Report of the Imperial Institute of Veterinary Research, Muktesar
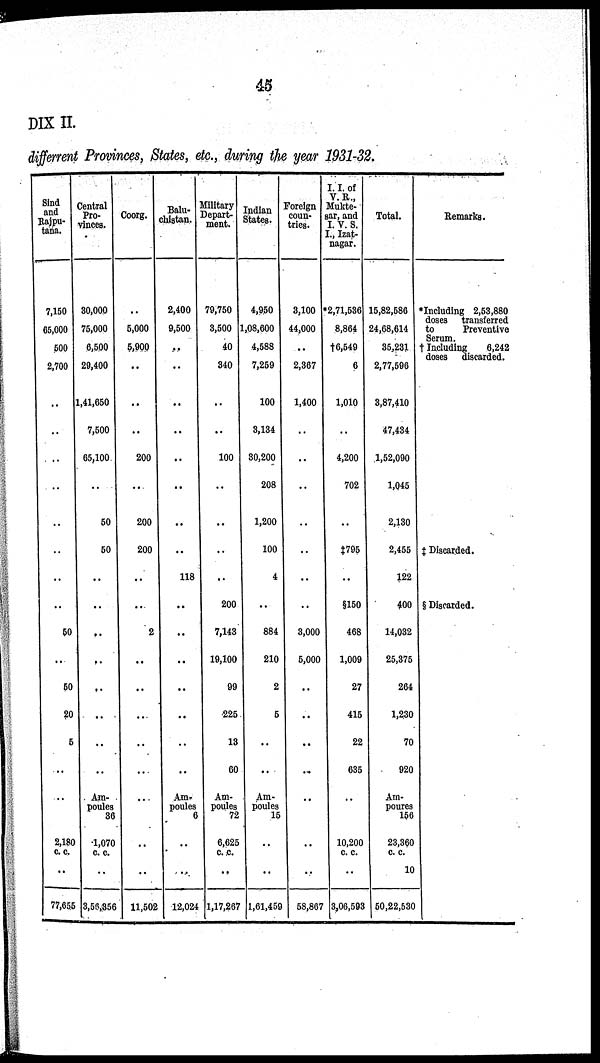
45
DIX II.
differrent Provinces, States, etc., during the year 1931-32.
Sind
and
Rajpu¬
tana.
7,150
65,000
500
2,700
..
..
..
..
..
..
..
..
50
..
50
20
5
..
..
2,180
c. c.
..
77,655
Central
Pro-
vinces.
30,000
75,000
6,500
29,400
1,41,650
7,500
65,100
..
50
50
..
..
..
..
..
..
..
..
Am-
poules
36
1,070
c. c.
3,56,356
Coorg.
..
5,000
5,900
..
..
..
200
..
200
200
..
..
2
..
..
..
..
...
...
..
..
11,502
Balu-
chistan.
2,400
9,500
..
..
..
..
..
..
..
..
118
..
..
..
..
..
..
Am-
poules
6
..
..
12,024
Military
Depart-
ment.
79,750
3,500
40
340
..
..
100
..
..
..
..
200
7,143
19,100
99
225
13
60
Am-
poules
72
6,625
c. c.
..
1,17,267
Indian
States.
4,950
1,08,600
4,588
7,259
100
3,134
30,200
208
1,200
100
4
..
884
210
2
5
..
..
Am-
poules
15
..
1,61,459
Foreign
coun-
tries.
3,100
44,000
..
2,367
1,400
..
..
..
..
..
..
..
3,000
5,000
..
..
..
..
..
..
..
58,867
I. I. of
V. R.,
Mukte¬
sar, and
I. V. S.
I., Izat¬
nagar.
*2,71,536
8,864
†6,549
6
1,010
4,200
702
..
‡795
..
§150
468
1,009
27
415
22
635
10,200
c. c.
3,06,593
Total.
15,82,586
24,68,614
35,231
2,77,596
3,87,410
47,434
1,52,090
1,045
2,130
2,455
122
400
14,032
25,375
264
1,230
70
920
Am¬
poures
156
23,360
c. c.
10
50,22,530
Remarks.
*Including 2,53,880
doses
transferred
to
Preventive
Serum.
† Including
6,242
doses
discarded.
‡ Discarded.
§ Discarded.